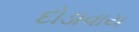
દોડાવાય